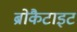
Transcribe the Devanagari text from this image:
ब्रोकैटाइट